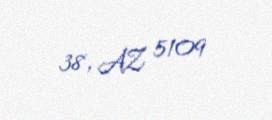
38, AZ 5109